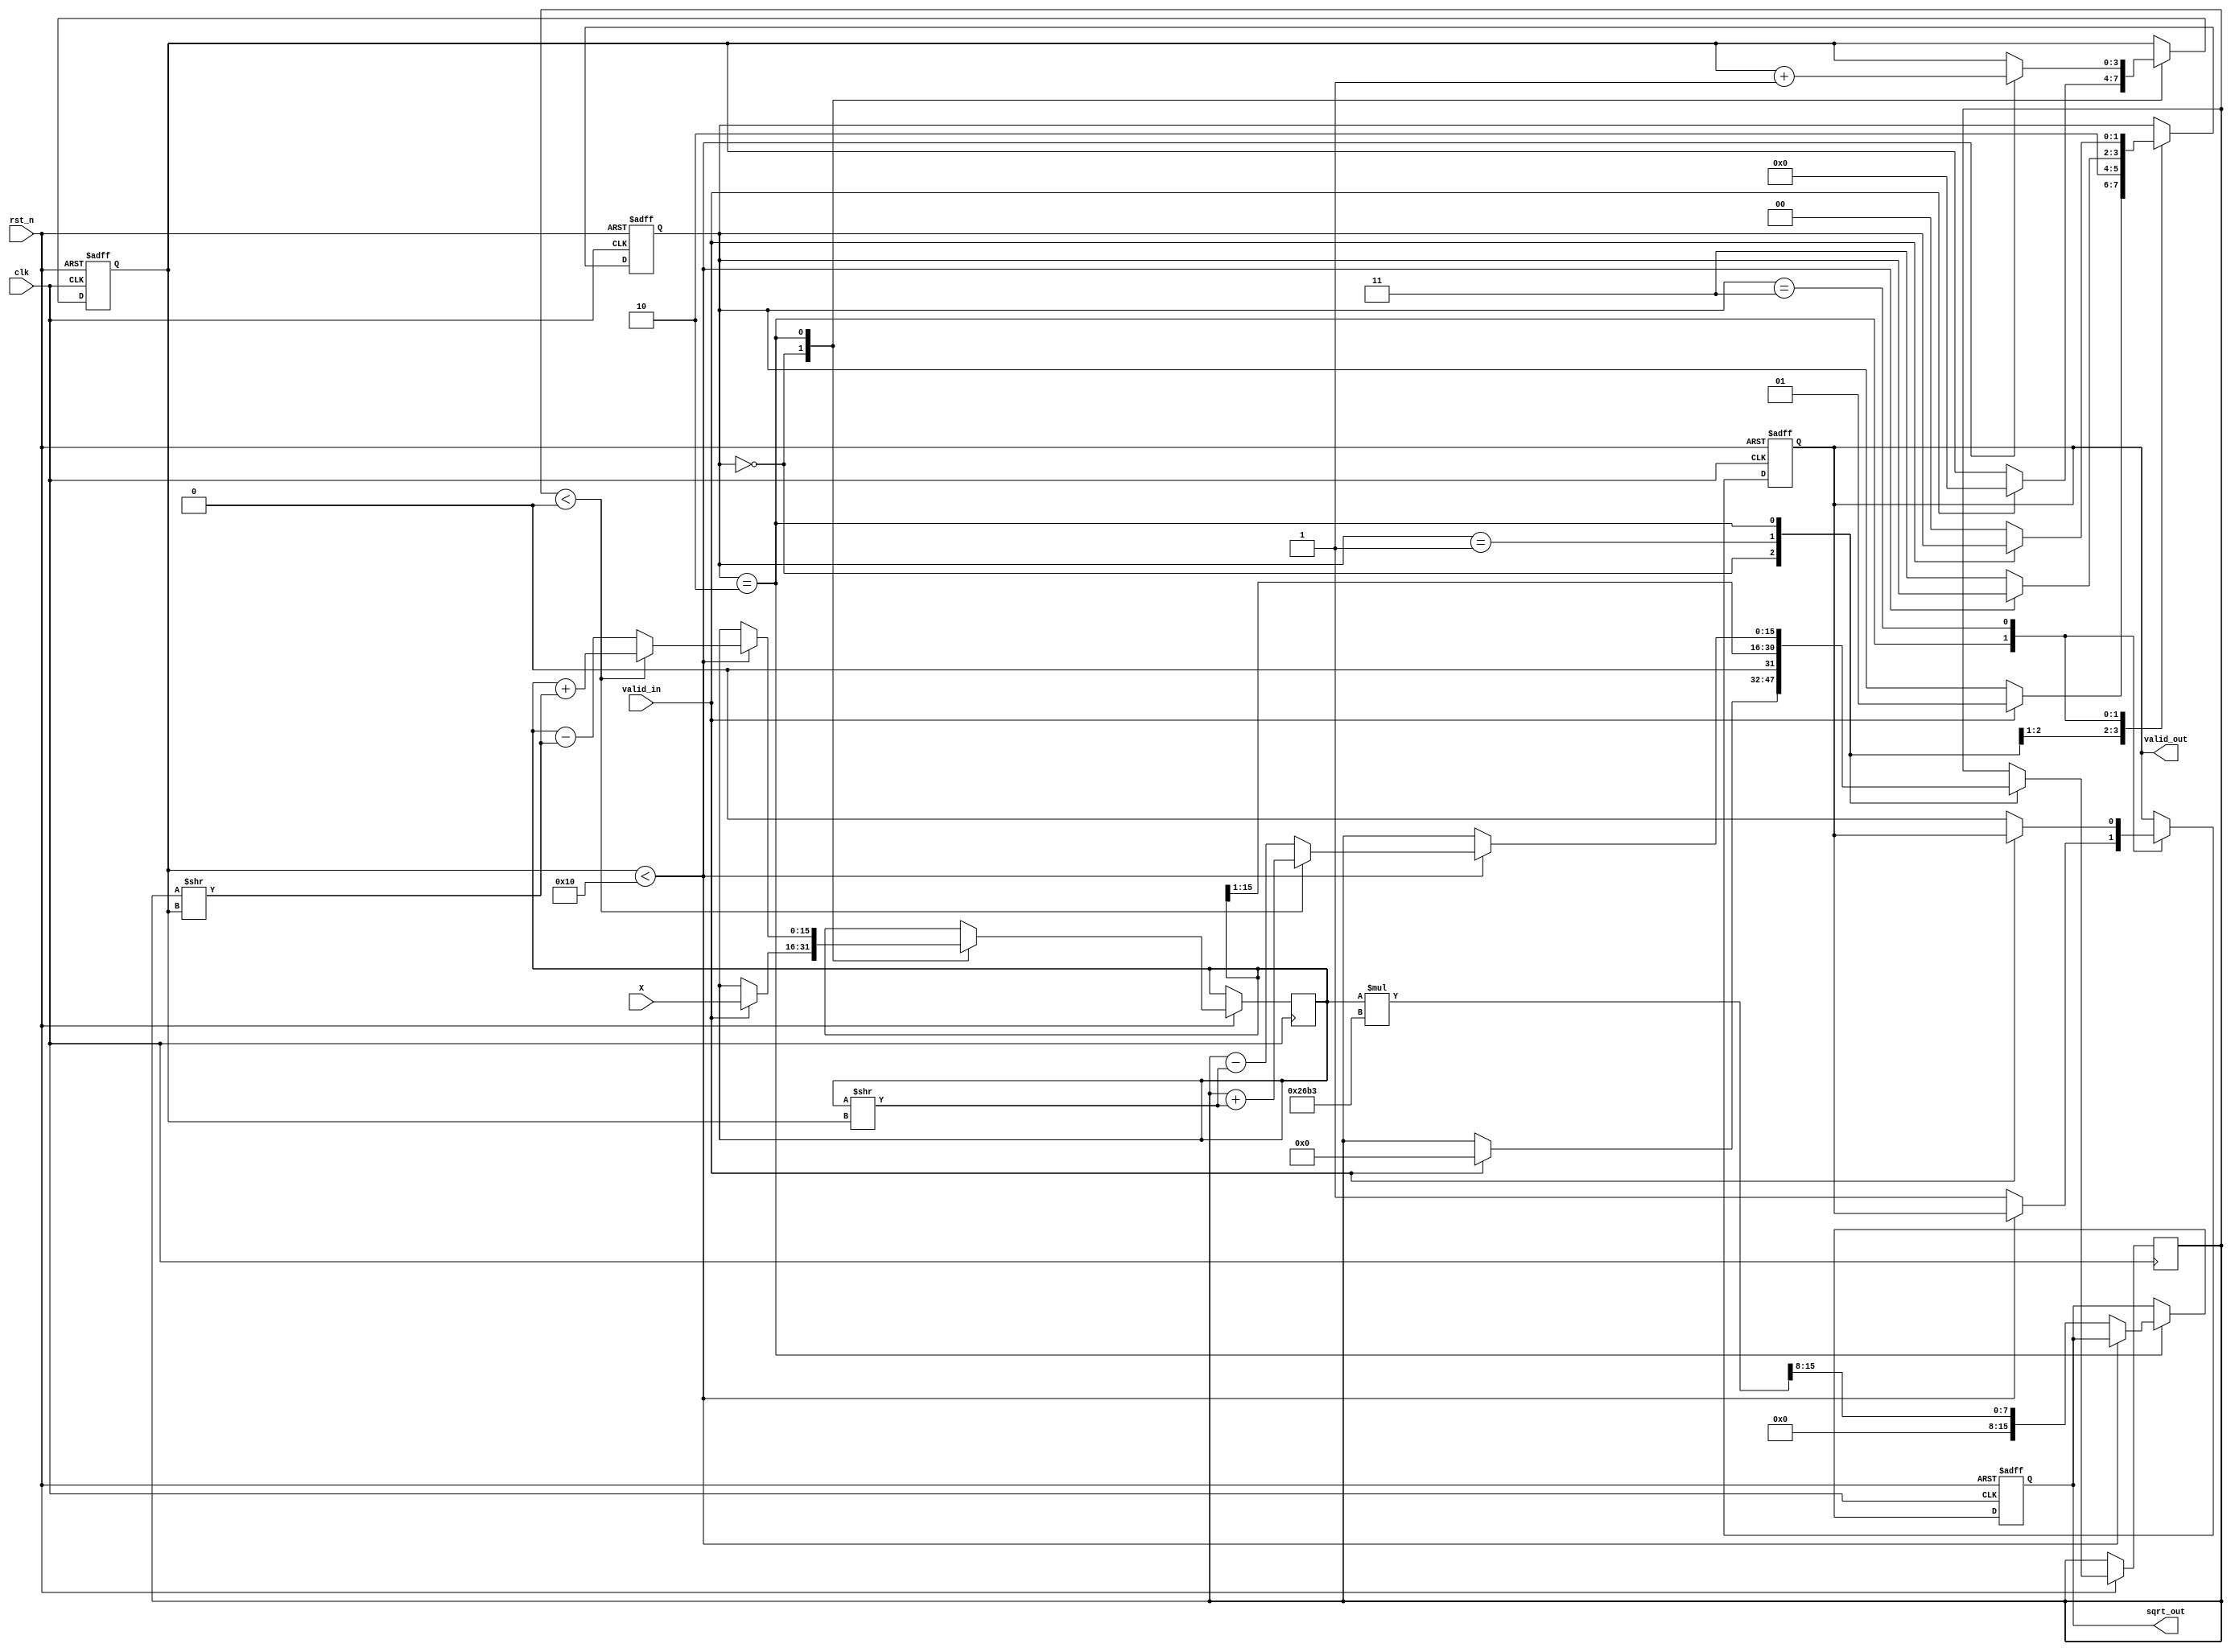
module cordic_sqrt (
    input wire clk,
    input wire rst_n,
    input wire valid_in,
    input wire [15:0] X, // 16-bit fixed-point input
    output reg [15:0] sqrt_out, // 16-bit fixed-point output
    output reg valid_out
);

    // Parameters
    parameter NUM_ITERATIONS = 16; // Number of CORDIC iterations
    parameter FIXED_POINT_FRACTIONAL_BITS = 8; // Fractional bits in fixed-point representation

    // Internal signals
    reg [15:0] current_x; // Current x value
    reg [15:0] current_y; // Current y value
    reg [15:0] angle; // Angle for rotation
    reg [3:0] iteration; // Iteration counter
    reg [1:0] state; // FSM state
    reg [15:0] scaling_factor; // Scaling factor for CORDIC

    // FSM states
    localparam IDLE = 2'b00;
    localparam INIT = 2'b01;
    localparam ITERATE = 2'b10;
    localparam DONE = 2'b11;

    // CORDIC scaling factor for 16 iterations (approx. 0.607)
    initial begin
        scaling_factor = 16'h26B3; // Fixed-point representation of 0.607
    end

    // FSM for controlling the CORDIC iterations
    always @(posedge clk or negedge rst_n) begin
        if (!rst_n) begin
            state <= IDLE;
            iteration <= 0;
            valid_out <= 0;
            sqrt_out <= 0;
        end else begin
            case (state)
                IDLE: begin
                    if (valid_in) begin
                        current_x <= X; // Initial approximation
                        current_y <= 0; // Start with y = 0
                        angle <= 0; // Initial angle
                        iteration <= 0; // Reset iteration counter
                        state <= INIT;
                    end
                end

                INIT: begin
                    // Initialize the current approximation
                    current_y <= current_x >> 1; // Initial y = X/2
                    state <= ITERATE;
                end

                ITERATE: begin
                    if (iteration < NUM_ITERATIONS) begin
                        // CORDIC rotation equations
                        if (current_y < 0) begin
                            // Rotate clockwise
                            current_x <= current_x + (current_y >> iteration);
                            current_y <= current_y + (current_x >> iteration);
                            angle <= angle - (atan_table[iteration]); // Update angle
                        end else begin
                            // Rotate counter-clockwise
                            current_x <= current_x - (current_y >> iteration);
                            current_y <= current_y - (current_x >> iteration);
                            angle <= angle + (atan_table[iteration]); // Update angle
                        end
                        iteration <= iteration + 1; // Increment iteration
                    end else begin
                        // Apply scaling factor
                        sqrt_out <= (current_x * scaling_factor) >> FIXED_POINT_FRACTIONAL_BITS;
                        valid_out <= 1; // Indicate output is valid
                        state <= DONE;
                    end
                end

                DONE: begin
                    if (!valid_in) begin
                        valid_out <= 0; // Reset output valid signal
                        state <= IDLE; // Go back to IDLE state
                    end
                end
            endcase
        end
    end

    // Lookup table for arctan values (fixed-point representation)
    reg [15:0] atan_table [0:NUM_ITERATIONS-1];
    initial begin
        atan_table[0] = 16'h2000; // atan(2^0)
        atan_table[1] = 16'h1400; // atan(2^-1)
        atan_table[2] = 16'h0A00; // atan(2^-2)
        atan_table[3] = 16'h0500; // atan(2^-3)
        atan_table[4] = 16'h0280; // atan(2^-4)
        atan_table[5] = 16'h0140; // atan(2^-5)
        atan_table[6] = 16'h00A0; // atan(2^-6)
        atan_table[7] = 16'h0050; // atan(2^-7)
        atan_table[8] = 16'h0028; // atan(2^-8)
        atan_table[9] = 16'h0014; // atan(2^-9)
        atan_table[10] = 16'h000A; // atan(2^-10)
        atan_table[11] = 16'h0005; // atan(2^-11)
        atan_table[12] = 16'h0002; // atan(2^-12)
        atan_table[13] = 16'h0001; // atan(2^-13)
        atan_table[14] = 16'h0000; // atan(2^-14)
        atan_table[15] = 16'h0000; // atan(2^-15)
    end

endmodule